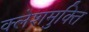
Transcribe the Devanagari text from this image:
क्लेशमुक्ति